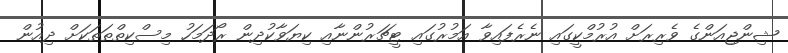
ޝިންޖިއަންގެ ވެރިރަށް އުރުމްކީގައި ނެރެފައިވާ އަމުރުގައި ޓީޗަރުންނާއި ކިޔަވާކުދިން ރޯދަމަހު މިސްކިތްތަތަކަށް ދިއުން